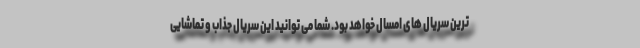
ترین سریال های امسال خواهد بود. شما می توانید این سریال جذاب و تماشایی